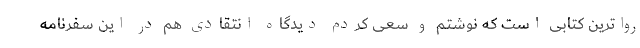
رواترین کتابی است که نوشتم و سعی کردم دیدگاه انتقادی هم در این سفرنامه